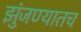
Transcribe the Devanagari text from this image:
झुंजण्यातच